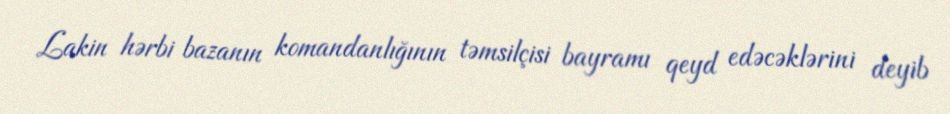
Lakin hərbi bazanın komandanlığının təmsilçisi bayramı qeyd edəcəklərini deyib